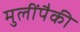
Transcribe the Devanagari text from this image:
मुलींपैकी